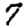
Digit: 7